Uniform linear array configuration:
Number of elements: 32
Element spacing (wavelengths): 0.5
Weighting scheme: blackman
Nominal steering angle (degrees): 15
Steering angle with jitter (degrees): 15.7
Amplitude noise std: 0.05
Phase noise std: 0.05

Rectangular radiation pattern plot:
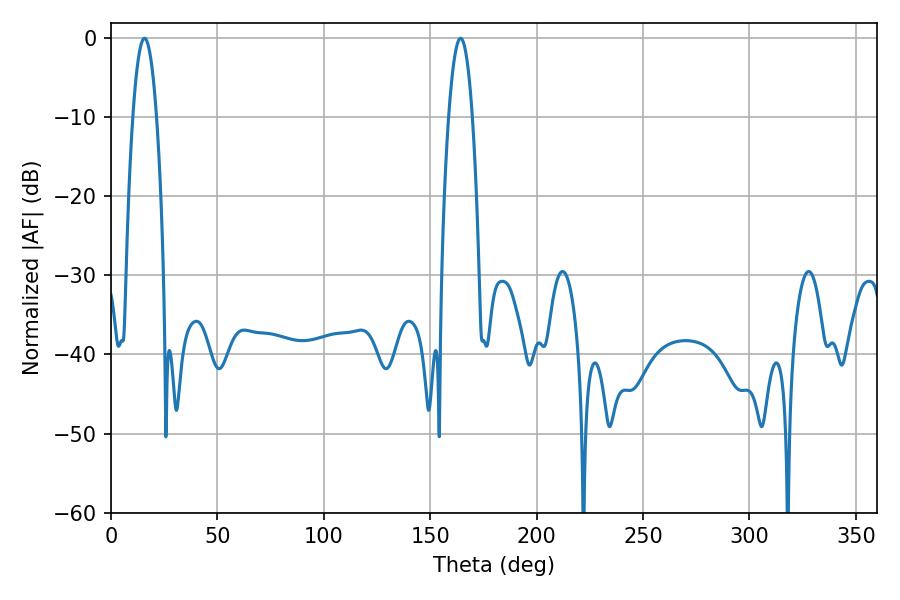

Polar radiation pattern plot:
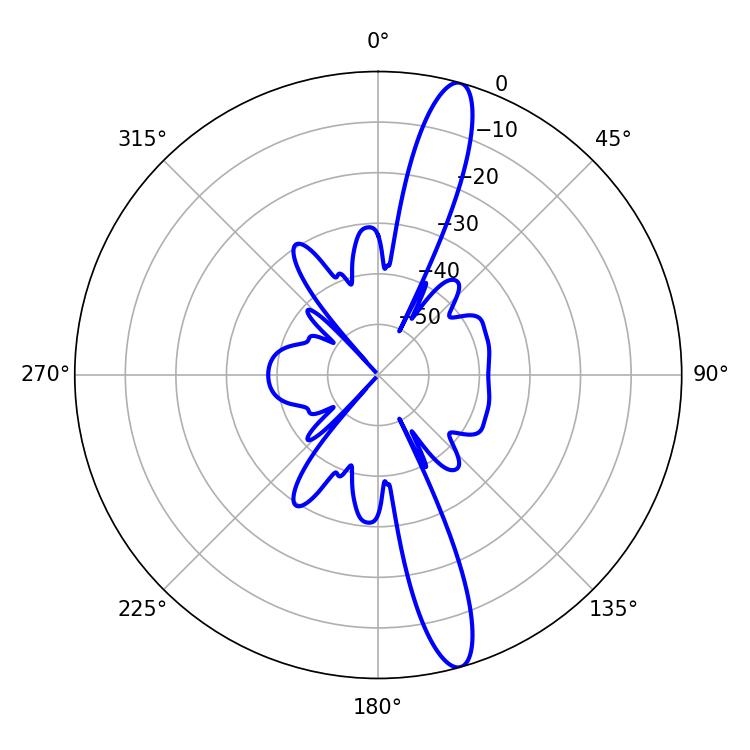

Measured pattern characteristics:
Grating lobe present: FALSE
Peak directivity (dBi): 15.038
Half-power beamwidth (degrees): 6.12
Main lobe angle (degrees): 15.66